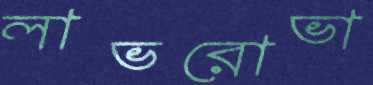
লাভরোভা